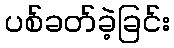
ပစ်ခတ်ခဲ့ခြင်း